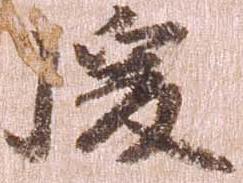
後